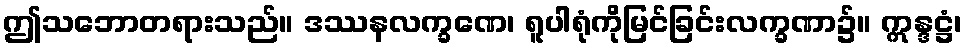
ဤသဘောတရားသည်။ ဒဿနလက္ခဏေ၊ ရူပါရုံကိုမြင်ခြင်းလက္ခဏာ၌။ ဣန္ဒဋ္ဌံ၊